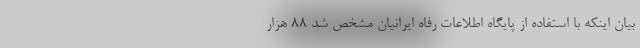
بیان اینکه با استفاده از پایگاه اطلاعات رفاه ایرانیان مشخص شد ۸۸ هزار